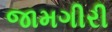
જામગીરી